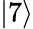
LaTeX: |7\rangle